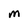
Character: M